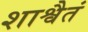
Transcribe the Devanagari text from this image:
शाश्वैतं